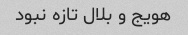
هویج و بلال تازه نبود